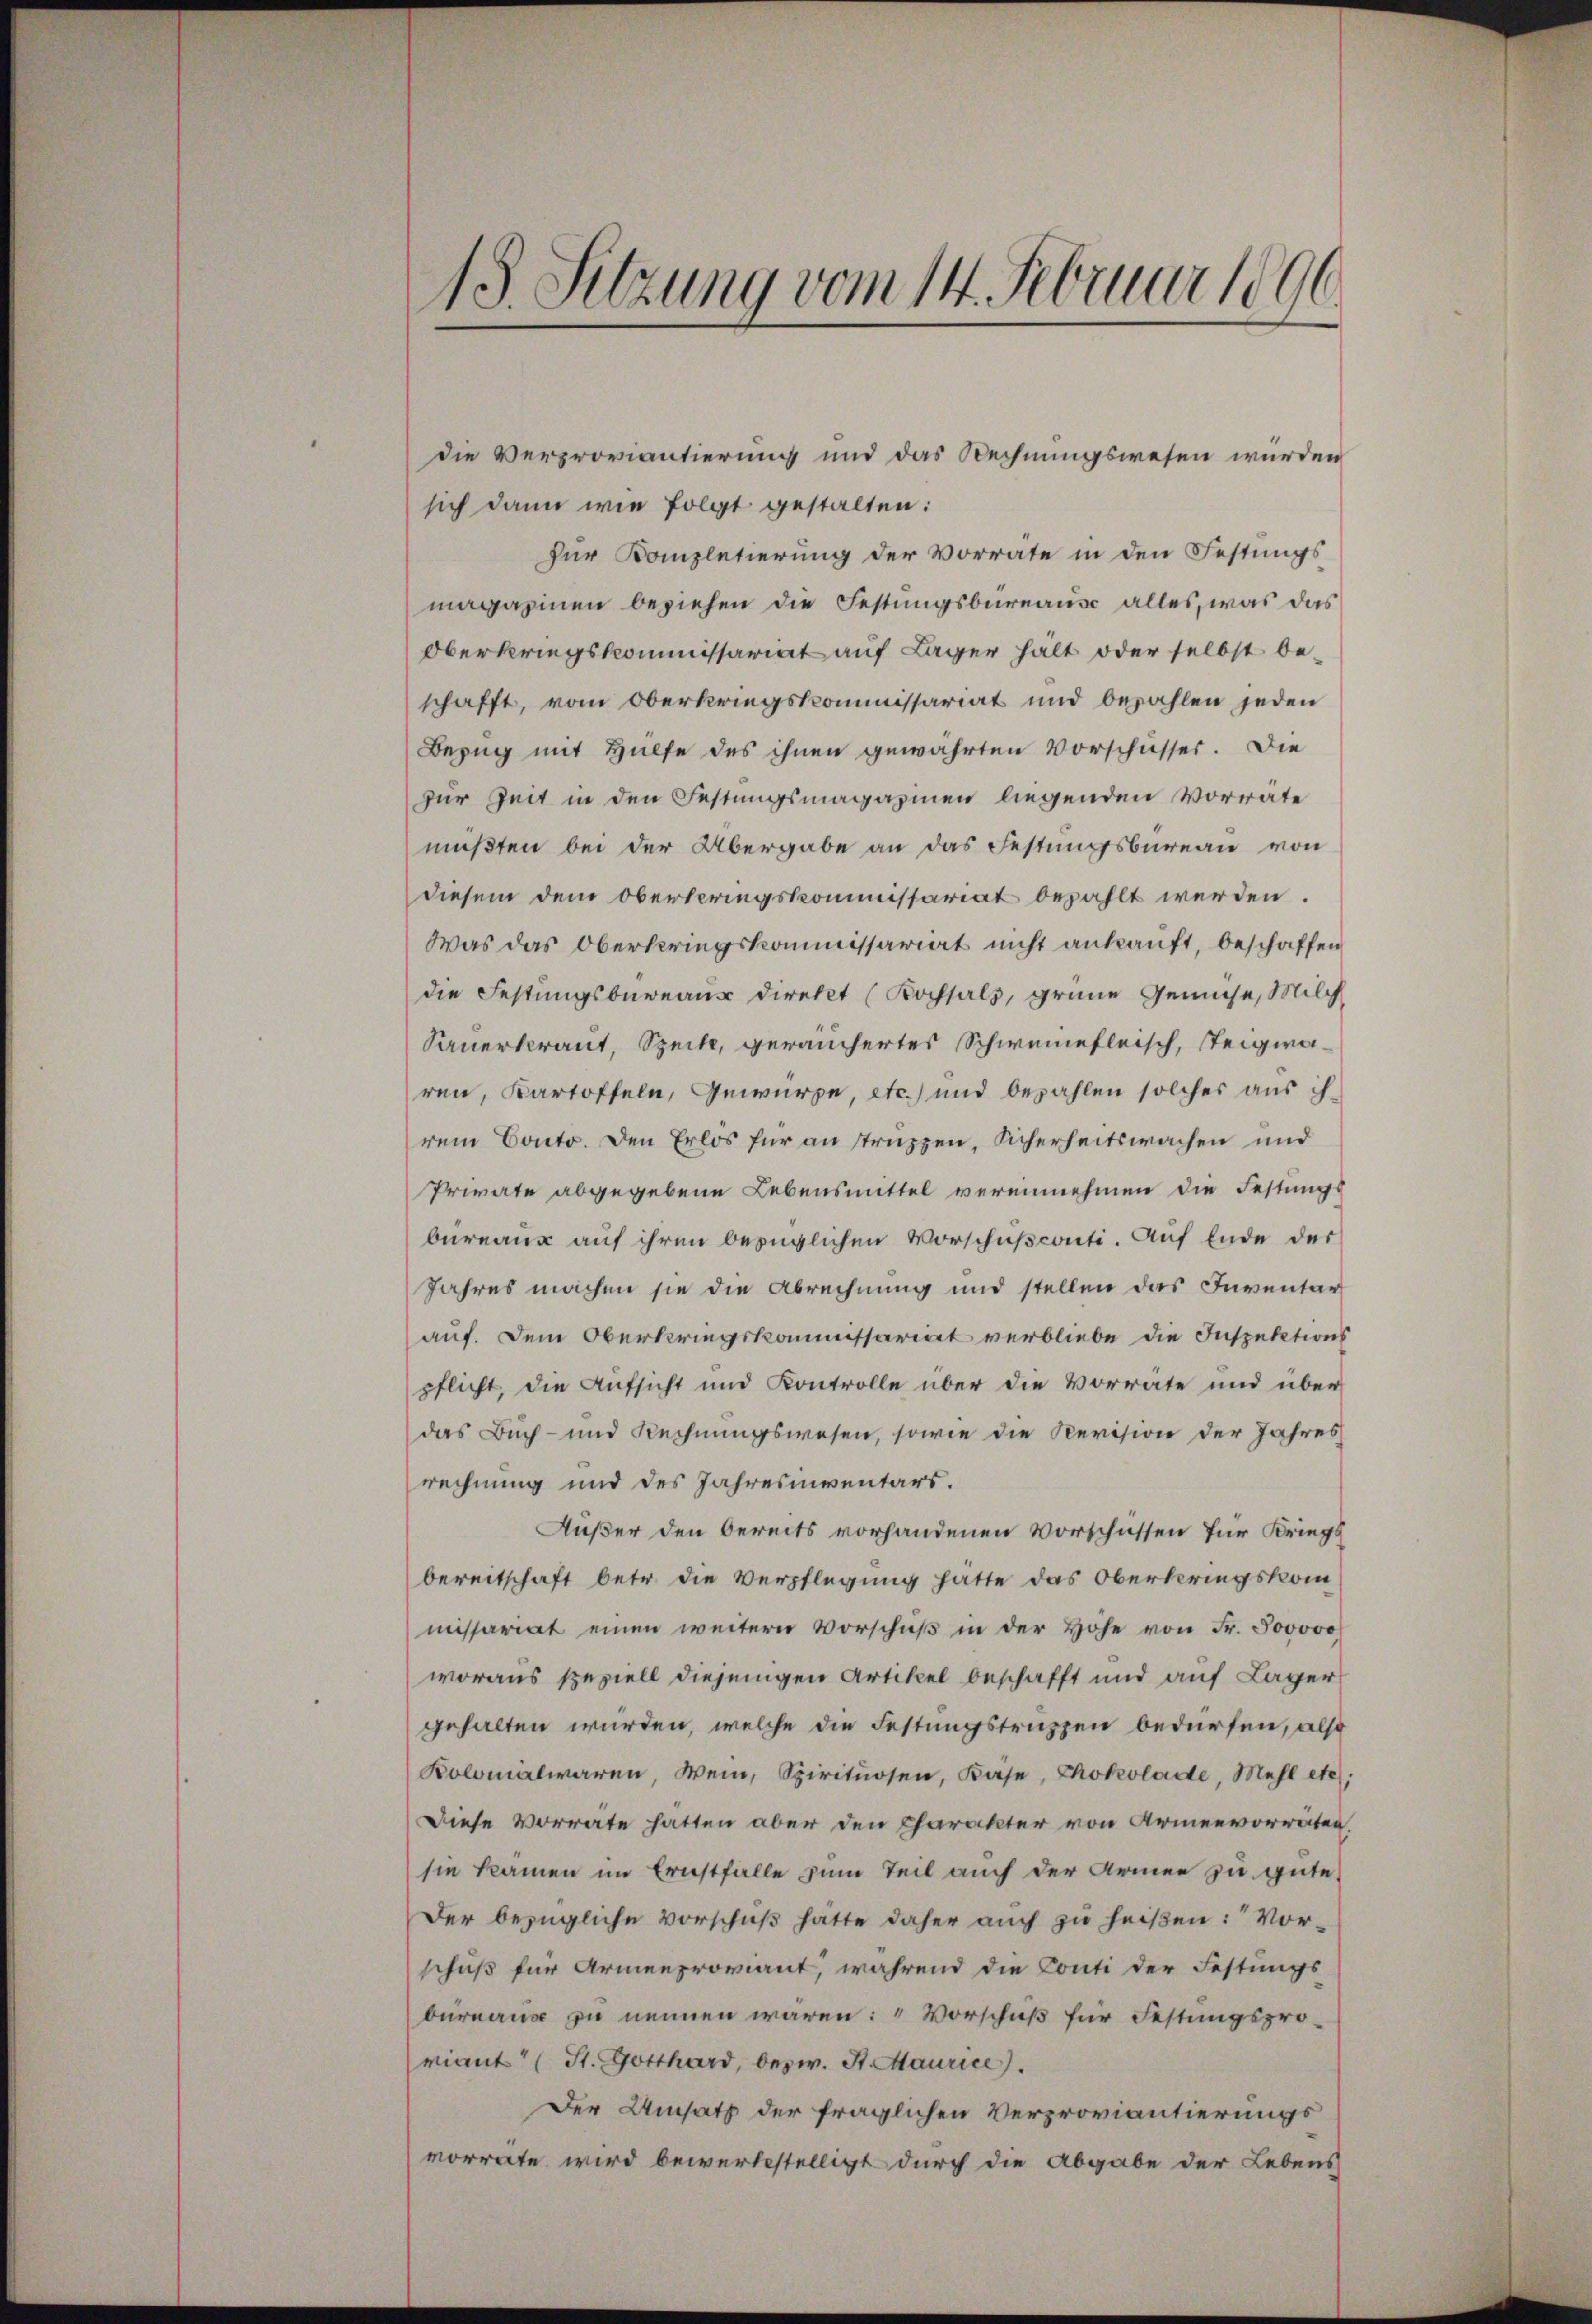
J
13. Sitzung vom 14. Februar 1890

die Verproviantierung und das Rechnungswesen würden
sich dann wie folgt gestalten:
für Kanzletierung der Vorrate in den Festungs-
magazinen beziehen die Festungsbureaus alles, was das
Oberkriegskommissariat auf Lager hält oder selbst beschafft, vom Oberkriegskommissariat und bezahlen jeden
Bezug mit Hülfe des ihnen gewährten Vorschusser. Die
zur Zeit in den Festungsmagazinen liegenden Vorräte
müßten bei der Übergabe an das Festungsbureau von
diesem dem Oberspringskommissariat bezahlt werden.
Was das Oberkriegskommissariat nicht ankauft, beschaffen
die Festungsbureaus direkt (Kochhals, grüne Gemüse, Milch
Sauerkraut, Speck, geräuchertes Schweinefleisch, Steigwaren, Kartoffeln, Gewürze, etc.) und bezahlen solcher aus ihrem Conto. Den Erlos für an struzzen, Sicherheitswachen und
Private abgegebene Lebensmittel vereinnehmen die Festungs
bureaux auf ihren bezüglichen Vorschusconti. Auf Ende der
Jahres machen sie die Abrechnung und stellen das Inventar
auf. Dem Oberkriegskommissariat verbliebe die Inspektions
pflicht, die Aufsicht und Kontrolle über die Vorräte und über
das Buch- und Rechnungswesen, sowie die Revision der Jahres
rechnung und des Jahresniventars.
Außer den bereits vorhandenen Vorschüssen für Kriegs
bereitschaft betr. die Verpflegung hatte das Oberkriegskom
missariat einen weitern Vorschŭβ in der Höhe von Fr. 800000
woraus speziell diejenigen Artikel beschafft und auf Lager
gehalten würden, welche die Festungstruzzen bedürfen, also
Kolomalwaren, Wein, Spirituosen, Kase, Chokolade, Mehl etc.
Diese Vorrate hatten aber den Charakter von Armenvorraten.
sie kämen im Ernstfalle zum Teil auch der Armen zu gute
Der bezügliche Vorschuß hätte daher auch zu heißen: Vorschuß für Armenproviant, während die Conti der Festungs-
bureaus zu nennen waren: " Vorschuß für Festungspro-
riant (St. Gotthard, bezw. St. Maurice).
Der Umsatz der fraglichen Verproviantierungsvorrate wird bewerkstelligt durch die Abgabe der Lebens